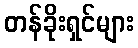
တန်ခိုးရှင်များ